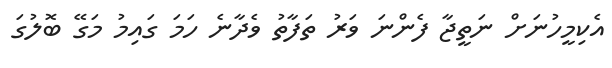
އެކިމީހުނަށް ނަތީޖާ ފެންނަ ވަރު ތަފާތު ވެދާނެ ހަމަ ގައިމު މަގޭ ބޮލުގަ